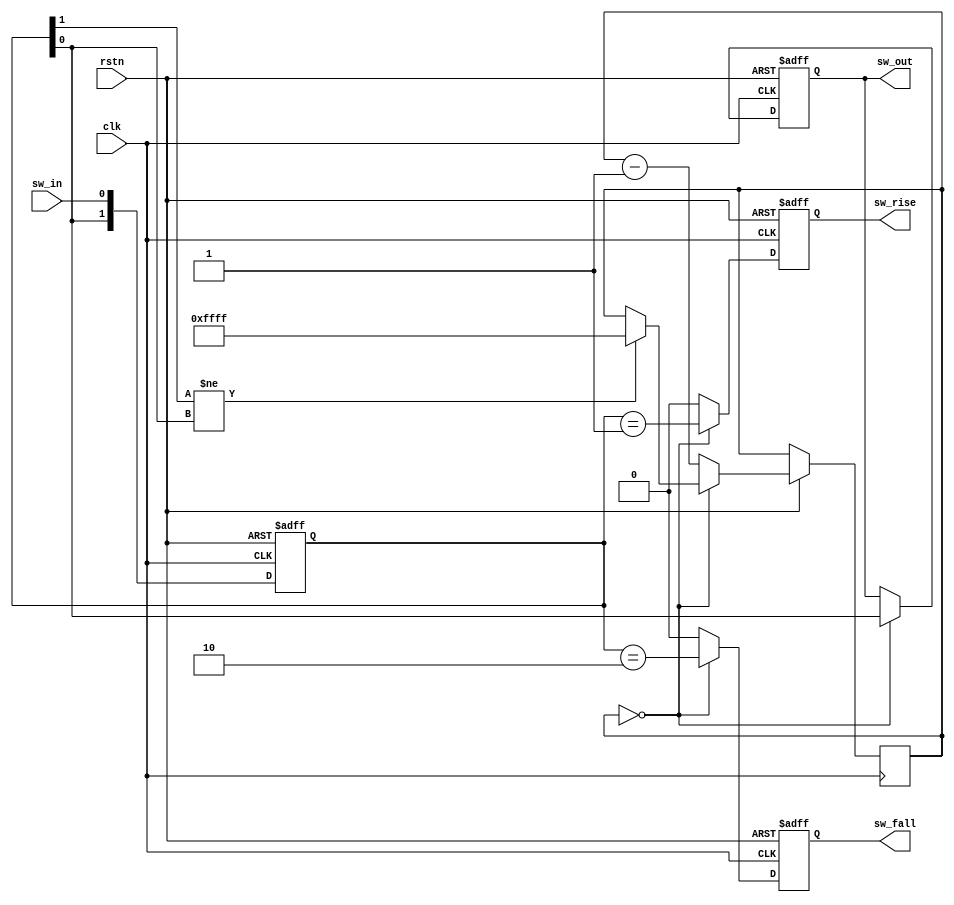
//to debounce encoder input pins

module debounce(
    //inputs
    input sw_in,
    input clk,
    input rstn,
    //outputs
    output reg sw_rise,
    output reg sw_fall,
    output reg sw_out );

reg [1:0] sw_shift;
reg [15:0] bounce_count;

always @(posedge clk or negedge rstn) begin
    if(!rstn) begin
        sw_shift <= 2'b00;
    end
    else begin
        sw_shift <= {sw_shift[0], sw_in};
    end
end

always @(posedge clk or negedge rstn) begin
    if(!rstn) begin
        sw_rise <= 0;
        sw_fall <= 0;
        sw_out <= 0;
    end
    else begin
        if(bounce_count == 0) begin
            sw_rise <= sw_shift == 2'b01;
            sw_fall <= sw_shift == 2'b10;
            sw_out <= sw_shift[0];

            if(sw_shift[1] != sw_shift[0]) begin
                bounce_count <= 16'd65535;
            end
        end
        else begin
            sw_rise <= 0;
            sw_fall <= 0;
            bounce_count <= bounce_count-1'b1;
        end
    end
end

endmodule